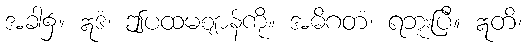
အခါ၌။ ဣဒံ၊ ဤပထမဈာန်ကို။ အဓိဂတံ၊ ရဘူးပြီ။ ဣတိ၊